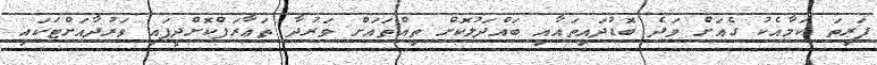
ފަރިތަ ކަމާއެކު ގެއަށް ވަދެ ބޮޑުދައިތައާއި ބައްދަލުކޮށް ތިއްތައަށް ވަރުދާ ތަޢާރަފްކޮށްދީފައި ވަރުދާއަށްޓަކައި